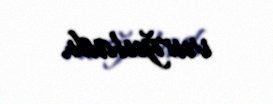
vurğuladı.